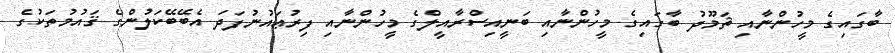
ބާގައިގެ މީހުންނާއި ޘަމޫދު ބާގައިގެ މީހުންނާއި ބަނީއިސްރާއީލްގެ މީހުންނާއި ފިރުޢައުނުފަދަ އެބޭބޭކަލުންގެ ޤައުމުތަކުގެ